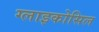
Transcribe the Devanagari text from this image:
ग्लाइकोसिल